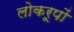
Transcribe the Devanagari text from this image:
लोकरूपों